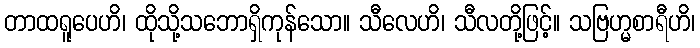
တာထရူပေဟိ၊ ထိုသို့သဘောရှိကုန်သော။ သီလေဟိ၊ သီလတို့ဖြင့်။ သဗြဟ္မစာရီဟိ၊